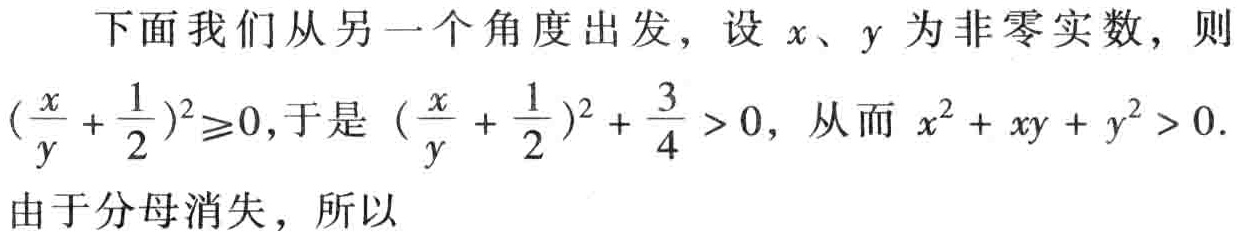
下面我们从另一个角度出发，设 \(x、y\) 为非零实数，则 \((\frac{x}{y}+\frac{1}{2})^2\geq0\)，于是 \((\frac{x}{y}+\frac{1}{2})^2+\frac{3}{4}>0\)，从而 \(x^{2}+xy + y^{2}>0\). 由于分母消失，所以